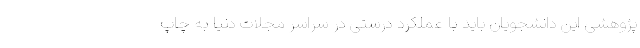
پژوهشی این دانشجویان باید با عملکرد درستی در سراسر مجلات دنیا به چاپ